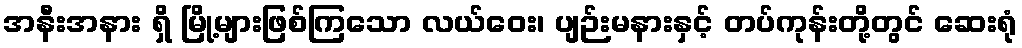
အနီးအနား ရှိ မြို့များဖြစ်ကြသော လယ်ဝေး၊ ပျဉ်းမနားနှင့် တပ်ကုန်းတို့တွင် ဆေးရုံ